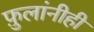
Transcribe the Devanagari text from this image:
फ़ुलांनीही